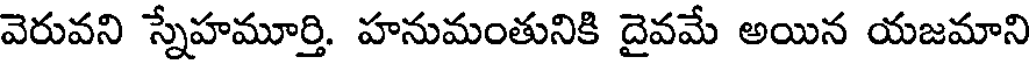
వెరువని స్నేహమూర్తి. హనుమంతునికి దైవమే అయిన యజమాని